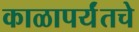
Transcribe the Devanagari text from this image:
काळापर्यंतचे